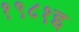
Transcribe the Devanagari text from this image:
१९८१इ